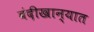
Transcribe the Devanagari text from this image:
बंदीखान्यात